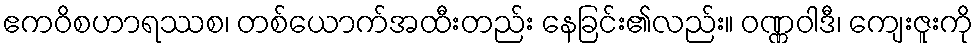
ဧကဝိစဟာရဿစ၊ တစ်ယောက်အထီးတည်း နေခြင်း၏လည်း။ ဝဏ္ဏဝါဒီ၊ ကျေးဇူးကို